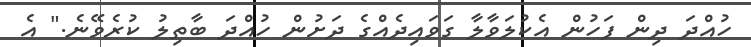
ހުއްދަ ދިން ފަހުން އެކުލަވާލާ ގަވައިދެއްގެ ދަށުން ހުއްދަ ބާތިލު ކުރެވޭނެ." އެ